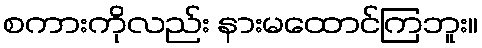
စကားကိုလည်း နားမထောင်ကြဘူး။